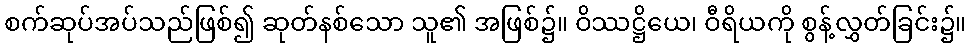
စက်ဆုပ်အပ်သည်ဖြစ်၍ ဆုတ်နစ်သော သူ၏ အဖြစ်၌။ ဝိဿဋ္ဌိယေ၊ ဝီရိယကို စွန့်လွှတ်ခြင်း၌။